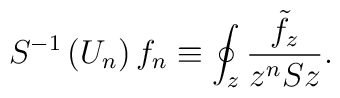
S^{-1}\left( U_n\right) f_n\equiv \oint_z\frac{\tilde{f}_z}{z^nSz}.